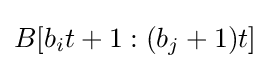
B[b_{i}t+1:(b_{j}+1)t]